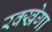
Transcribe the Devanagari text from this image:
रक्खेगा